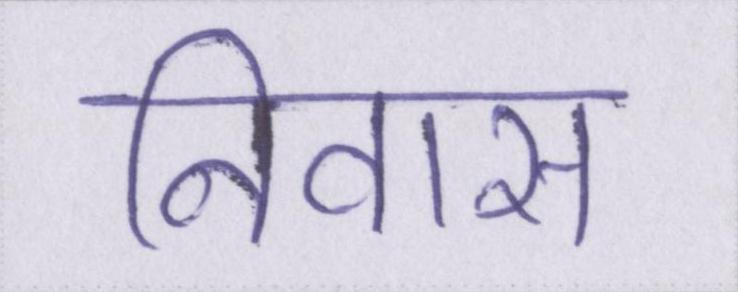
निवास